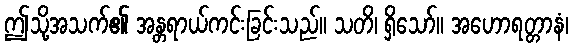
ဤသို့အသက်၏ အန္တရာယ်ကင်းခြင်းသည်။ သတိ၊ ရှိသော်။ အဟောရတ္တာနံ၊